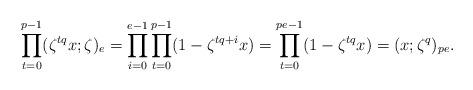
LaTeX: \begin{align*} \prod_{t=0}^{p-1} (\zeta^{tq} x;\zeta)_{e} = \prod_{i=0}^{e-1} \prod_{t=0}^{p-1} (1-\zeta^{tq+i} x) = \prod_{t=0}^{pe-1} (1-\zeta^{tq} x) = (x; \zeta^q)_{pe}.\end{align*}